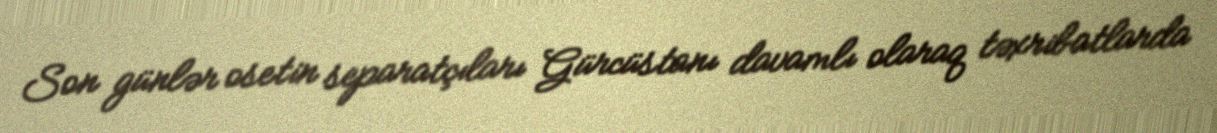
Son günlər osetin separatçıları Gürcüstanı davamlı olaraq təxribatlarda